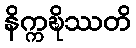
နိက္ကဍ္ဎိဿတိ